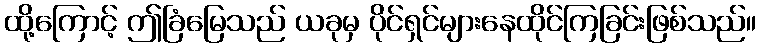
ထို့ကြောင့် ဤခြံမြေသည် ယခုမှ ပိုင်ရှင်များနေထိုင်ကြခြင်းဖြစ်သည်။